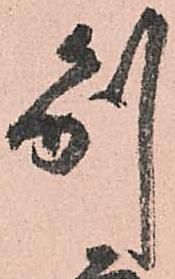
別